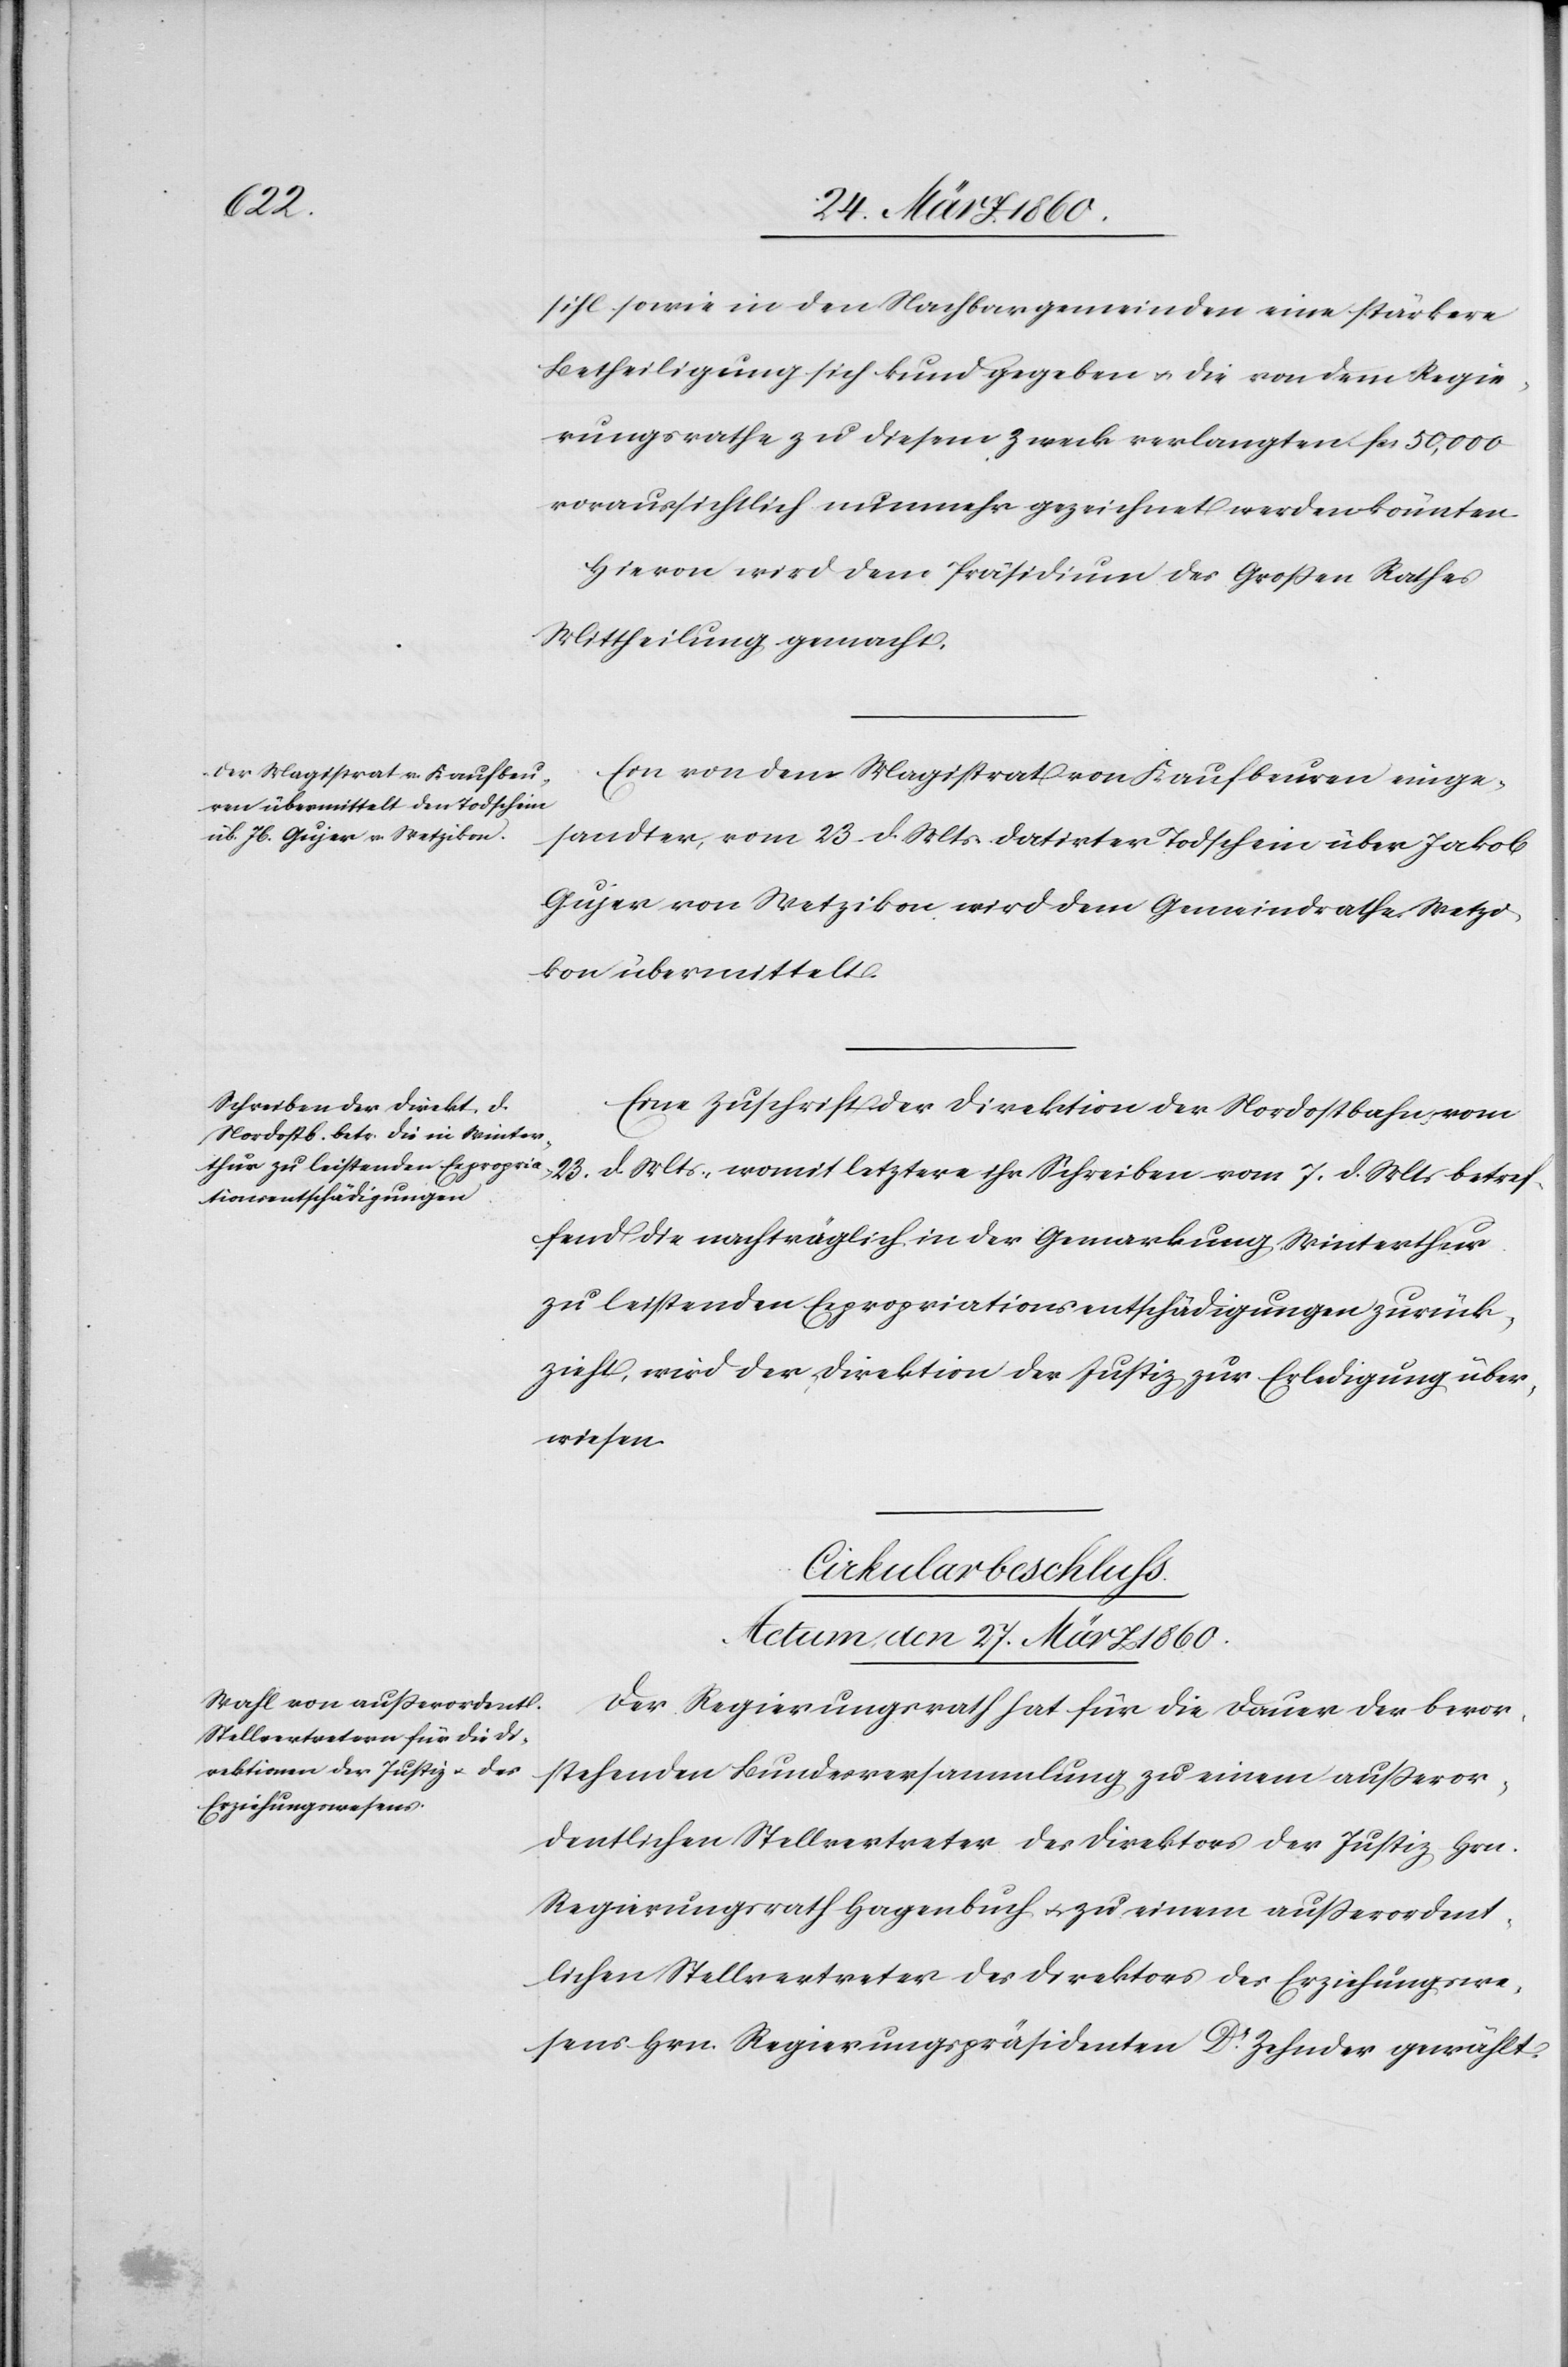
sihl sowie in den Nachbargemeinden eine stärkere
Betheiligung sich kund gegeben u. die von dem Regie¬
rungsrathe zu diesem Zweck verlangten fcs. 50,000
voraussichtlich nunmehr gezeichnet werden könnten.
Hievon wird dem Präsidium des Grossen Rathes
Mittheilung gemacht.
Ein von dem Magistrat von Kaufbeuren einge¬
sandter, vom 23. d. Mts. datirter Todtschein über Jakob
Gujer von Wetzikon wird dem Gemeindrathe Wetzi¬
kon übermittelt.
Eine Zuschrift der Direktion der Nordostbahn vom
23. d. Mts., womit letztere ihr Schreiben vom 7. d. Mts. betref¬
fend die nachträglich in der Gemarkung Winterthur
zu leistenden Expropriationsentschädigungen zurück¬
zieht, wird der Direktion der Justiz zur Erledigung über¬
wiesen.
Cirkularbeschluss.
Actum den 27. März 1860.
Der Regierungsrath hat für die Dauer der bevor¬
stehenden Bundesversammlung zu einem ausseror¬
dentlichen Stellvertreter des Direktors der Justiz Hrn.
Regierungsrath Hagenbuch u. zu einem außerordent¬
lichen Stellvertreter der Direktion des Erziehungswe¬
sens Hrn. Regierungspräsidenten Dr Zehnder gewählt.